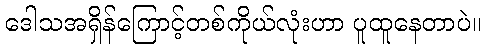
ဒေါသအရှိန်ကြောင့်တစ်ကိုယ်လုံးဟာ ပူထူနေတာပဲ။